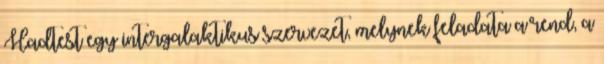
Hadtest egy intergalaktikus szervezet, melynek feladata a rend, a